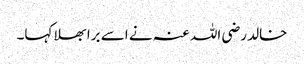
خالد رضی اللہ عنہ نے اسے برا بھلا کہا۔